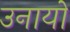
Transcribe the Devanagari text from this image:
उनायों